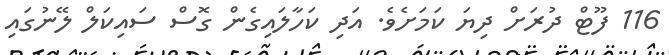
116 ފޫޓް ދުރަށް ދިޔަ ކަމަށެވެ. އަދި ކަހާލައިގެން ގޮސް ސައިކަލް ލޭނުގައި